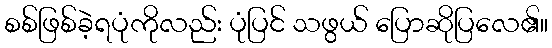
စစ်ဖြစ်ခဲ့ရပုံကိုလည်း ပုံပြင် သဖွယ် ပြောဆိုပြလေ၏။